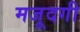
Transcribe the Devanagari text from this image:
मजूदगी